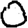
Digit: 0